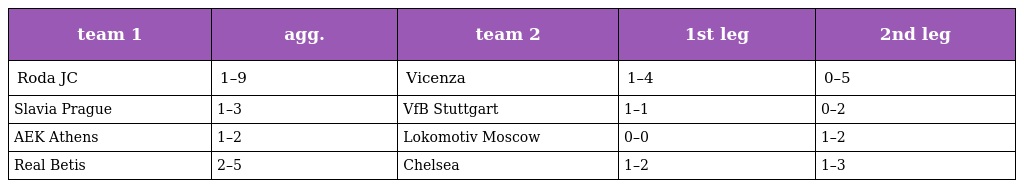
| team 1 | agg. | team 2 | 1st leg | 2nd leg |
 | --- | --- | --- | --- | --- |
 | Roda JC | 1–9 | Vicenza | 1–4 | 0–5 |
 | Slavia Prague | 1–3 | VfB Stuttgart | 1–1 | 0–2 |
 | AEK Athens | 1–2 | Lokomotiv Moscow | 0–0 | 1–2 |
 | Real Betis | 2–5 | Chelsea | 1–2 | 1–3 |